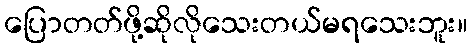
ပြောတတ်ဖို့ဆိုလိုသေးတယ်မရသေးဘူး။